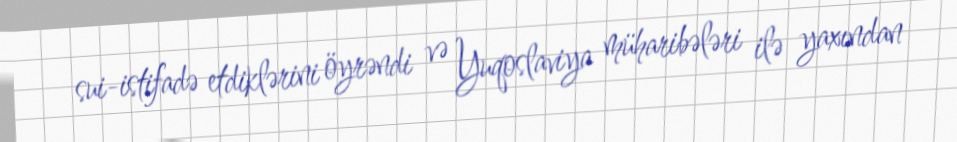
sui-istifadə etdiklərini öyrəndi və Yuqoslaviya müharibələri ilə yaxından